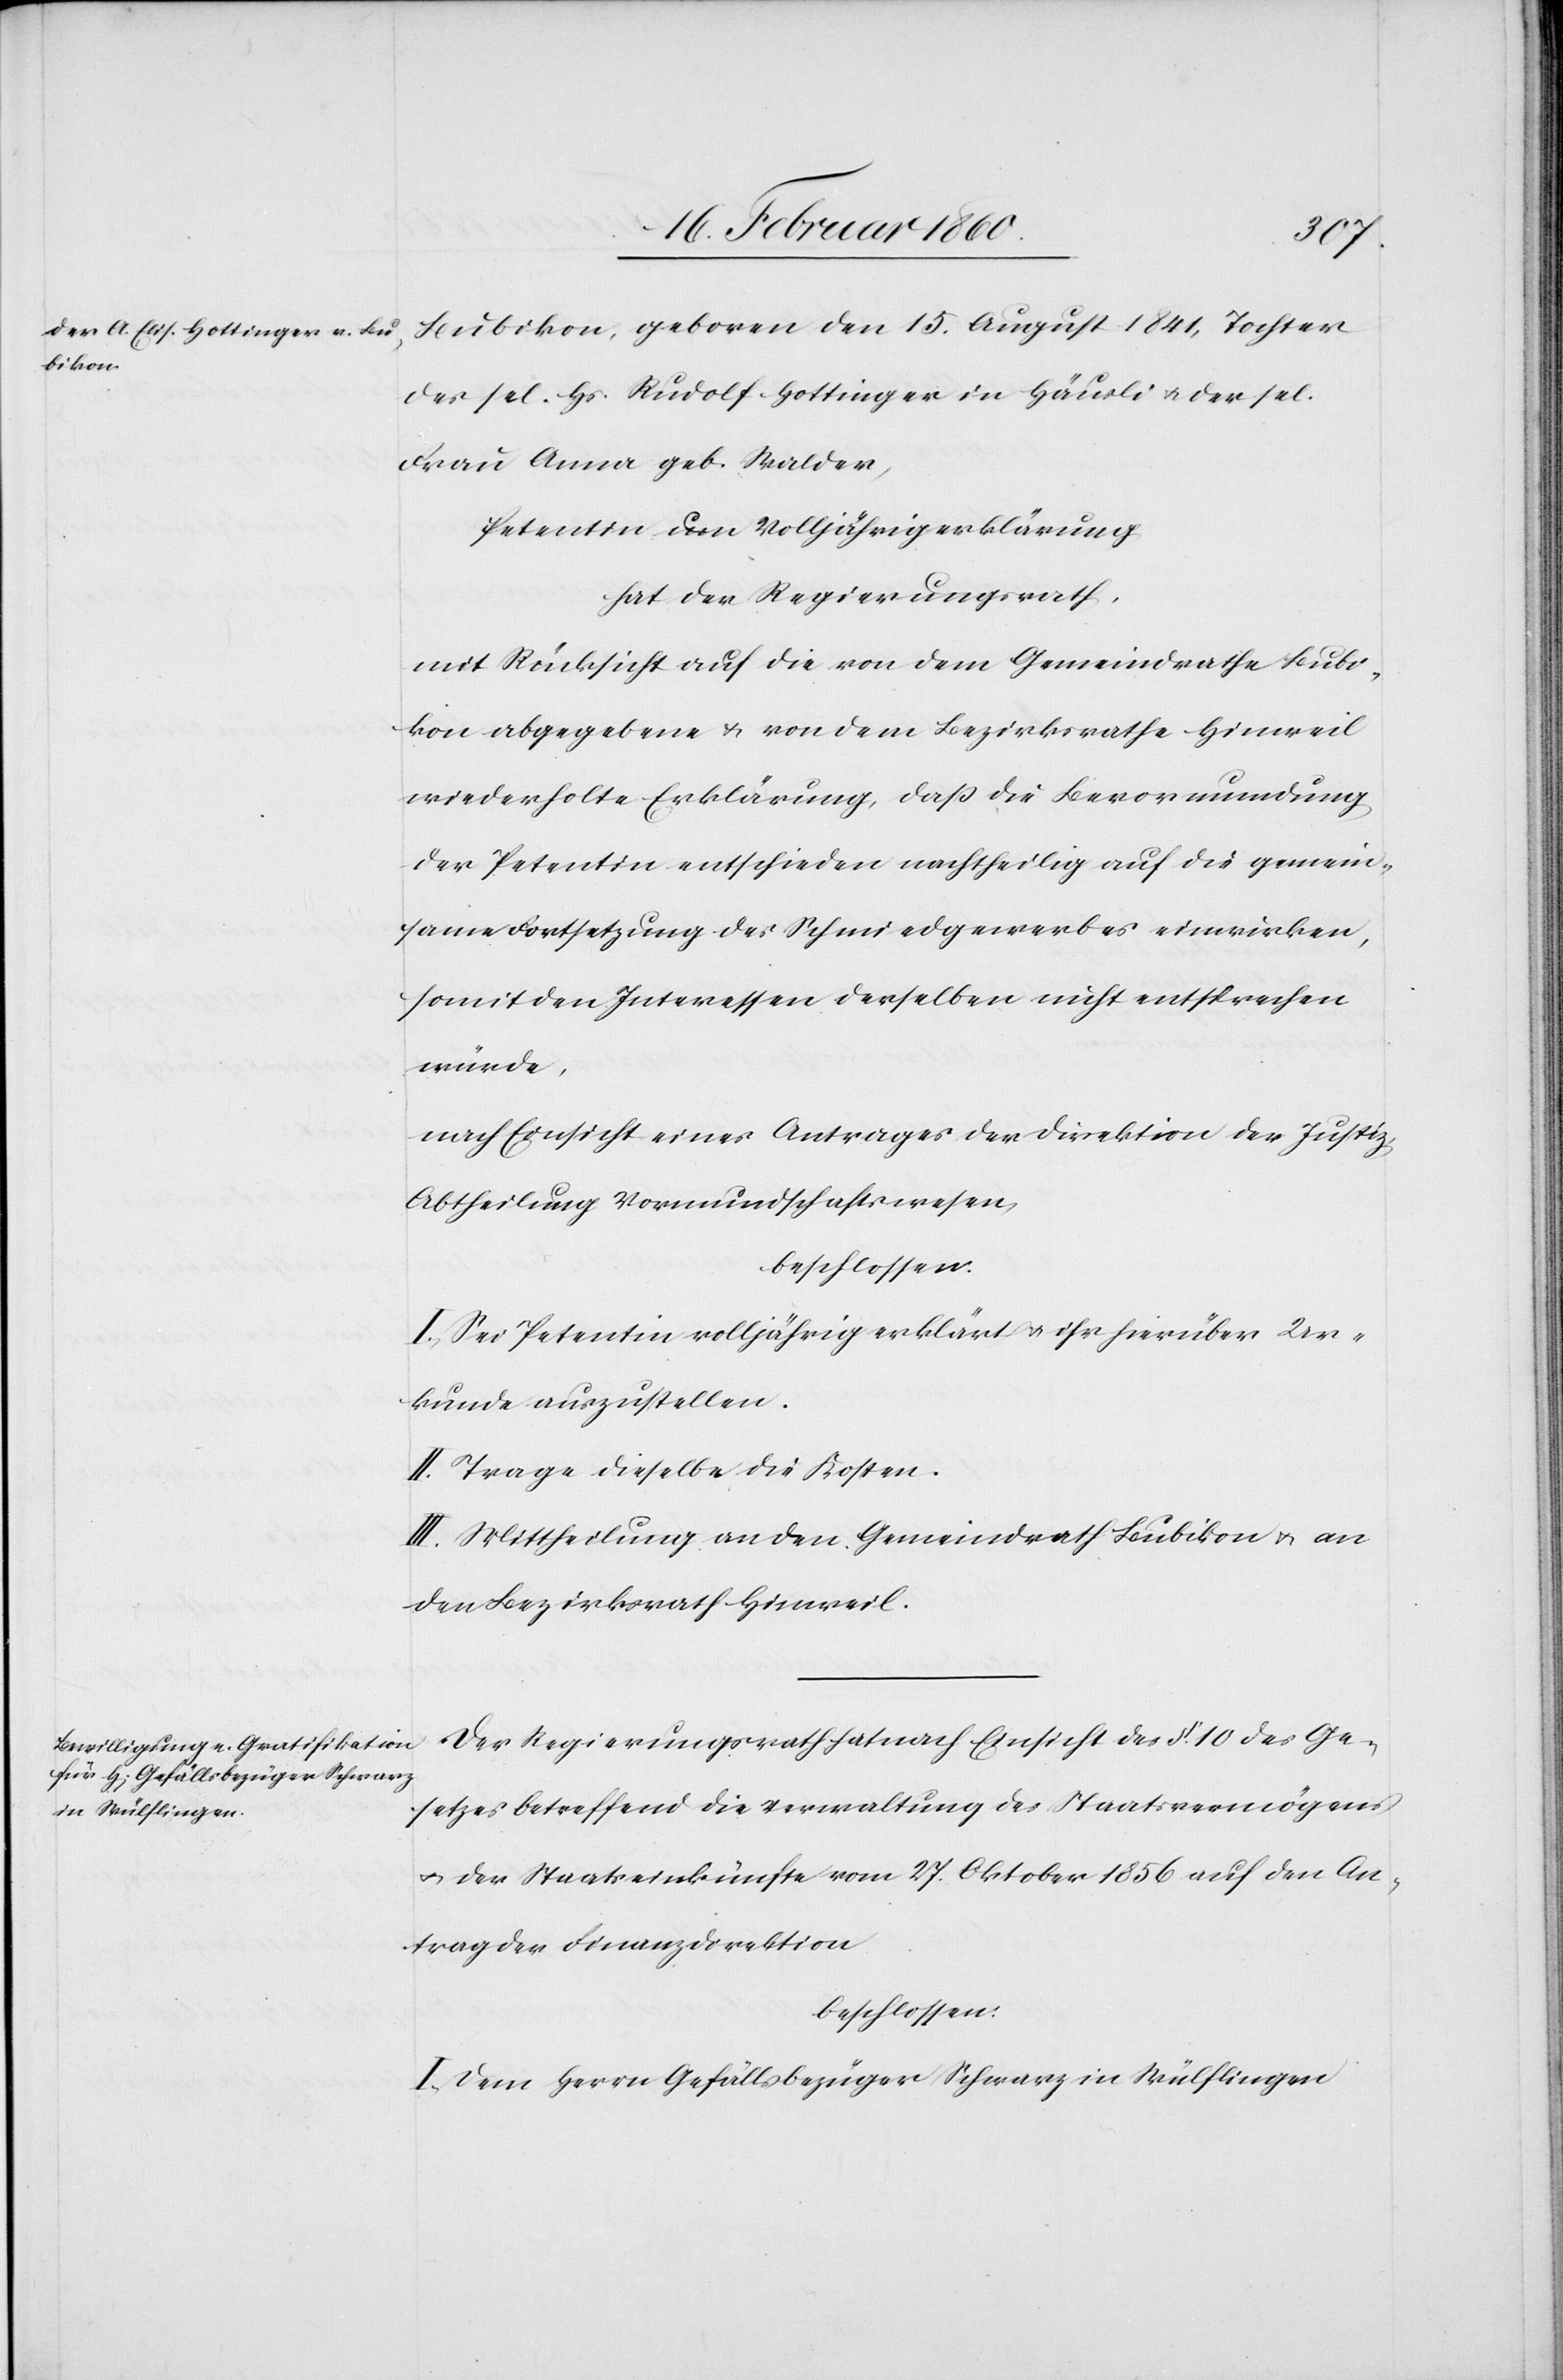
Bubikon, geboren den 15. August 1841, Tochter
des sel. Hs. Rudolf Hottinger in Häusli u. der sel.
Frau Anna geb. Walder,
Petentin um Volljährigerklärung
hat der Regierungsrath,
mit Rücksicht auf die von dem Gemeindrathe Bubi¬
kon abgegebene u. von dem Bezirksrathe Hinweil
wiederholte Erklärung, dass die Bevormundung
der Petentin entschieden nachtheilig auf die gemein¬
same Fortsetzung des Schmiedgewerbes einwirken,
somit den Interessen derselben nicht entsprechen
würde,
nach Einsicht eines Antrages der Direktion der Justiz,
Abtheilung Vormundschaftswesen,
beschlossen:
I. Sei Petentin volljährig erklärt u. ihr hierüber Ur¬
kunde auszustellen.
II. Trage dieselbe die Kosten.
III: Mittheilung an den Gemeindrath Bubikon u. an
den Bezirksrath Hinweil.
Der Regierungsrath hat nach Einsicht des §. 10. des Ge¬
setzes betreffend die Verwaltung des Staatsvermögens
u. der Staatseinkünfte vom 27. Oktober 1856 auf den An¬
trag der Finanzdirektion
beschlossen:
I. Dem Herrn Gefällsbezüger Schwarz in Wülflingen